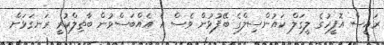
ރައީސް އޮފީހުގެ ލީގަލް ކައުންސިލްގެ ބޭފުޅުން ވެސް އެ އެއްބަސްވުން ބާތިލްކުރީ ރަނގަޅަށް